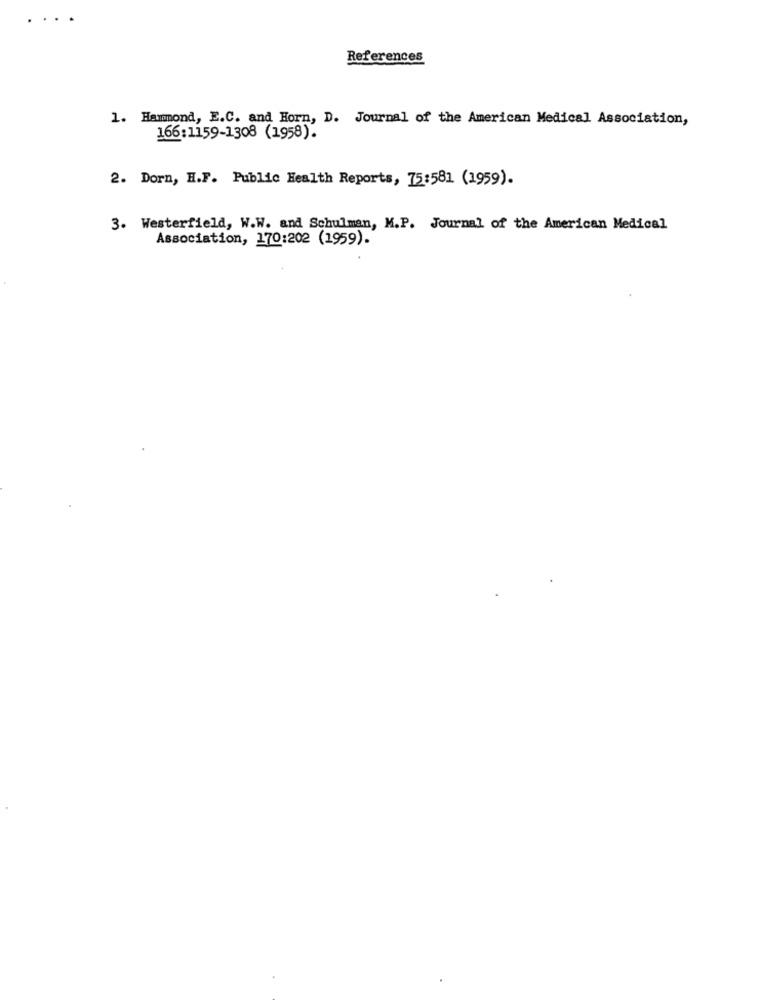
References
1. Hammond, E.C. and Horn, D. Journal of the American Medical Association,
166:1159-1308 (1958).
2. Dorn, H.F. Public Health Reports, 75:581 (1959).
3. Westerfield, W.W. and Schulman, M.P. Journal of the American Medical
Association, 170:202 (1959).